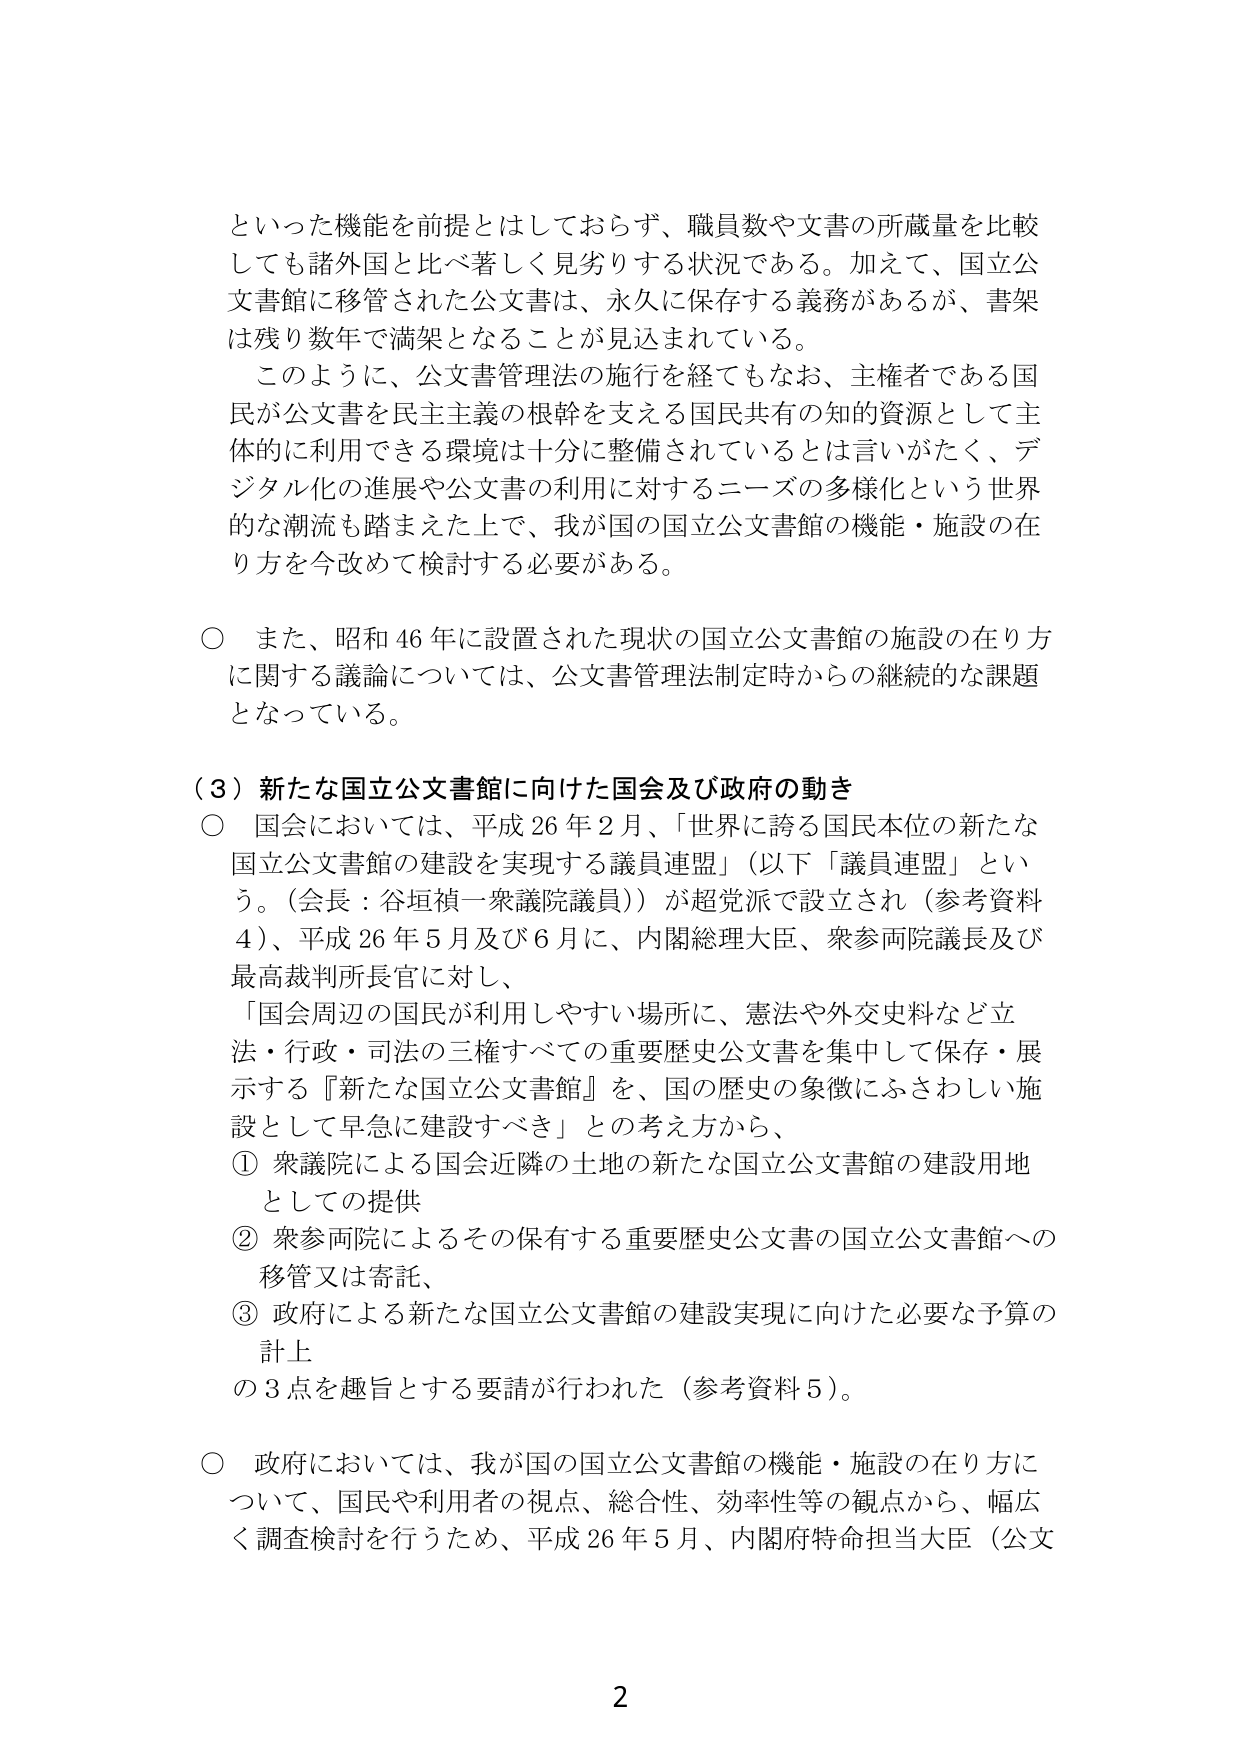
といった機能を前提とはしておらず、職員数や文書の所蔵量を比較しても諸外国と比べ著しく見劣りする状況である。加えて、国立公文書館に移管された公文書は、永久に保存する義務があるが、書架は残り数年で満架となることが見込まれている。

このように、公文書管理法の施行を経てもなお、主権者である国民が公文書を民主主義の根幹を支える国民共有の知的資源として主体的に利用できる環境は十分に整備されているとは言いがたく、デジタル化の進展や公文書の利用に対するニーズの多様化という世界的な潮流も踏まえた上で、我が国の国立公文書館の機能・施設の在り方を今改めて検討する必要がある。

○ また、昭和46年に設置された現状の国立公文書館の施設の在り方に関する議論については、公文書管理法制定時からの継続的な課題となっている。

（3）新たな国立公文書館に向けた国会及び政府の動き

○ 国会においては、平成26年2月、「世界に誇る国民本位の新たな国立公文書館の建設を実現する議員連盟」（以下「議員連盟」という。（会長：谷垣禎一衆議院議員））が超党派で設立され（参考資料4）、平成26年5月及び6月に、内閣総理大臣、衆参両院議長及び最高裁判所長官に対し、「国会周辺の国民が利用しやすい場所に、憲法や外交史料など立法・行政・司法の三権すべての重要歴史公文書を集 中して保存・展示する『新たな国立公文書館』を、国の歴史の象徴にふさわしい施設として早急に建設すべき」との考え方から、
① 衆議院による国会近隣の土地の新たな国立公文書館の建設用地としての提供
② 衆参両院によるその保有する重要歴史公文書の国立公文書館への移管又は寄託、
③ 政府による新たな国立公文書館の建設実現に向けた必要な予算の計上
の3点を趣旨とする要請が行われた（参考資料5）。

○ 政府においては、我が国の国立公文書館の機能・施設の在り方について、国民や利用者の視点、総合性、効率性等の観点から、幅広く調査検討を行うため、平成26年5月、内閣府特命担当大臣（公文

2